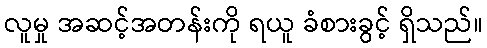
လူမှု အဆင့်အတန်းကို ရယူ ခံစားခွင့် ရှိသည်။